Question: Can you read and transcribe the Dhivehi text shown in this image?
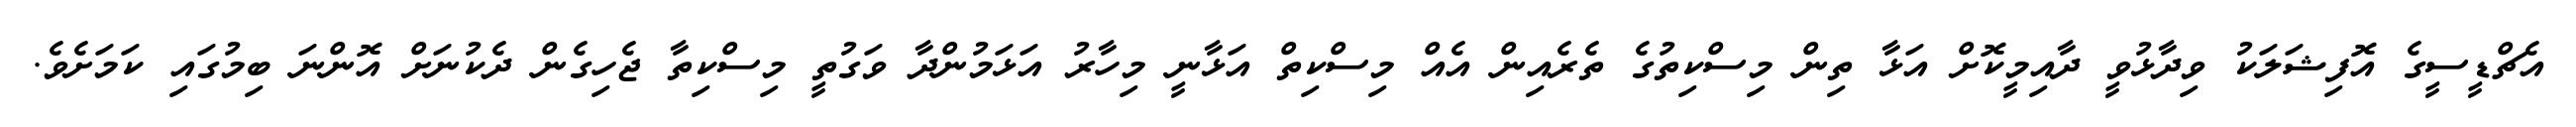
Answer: އެޗްޑީސީގެ އޮފިޝަލަކު ވިދާޅުވީ ދާއިމީކޮށް އަޅާ ތިން މިސްކިތުގެ ތެރެއިން އެއް މިސްކިތް އަޅާނީ މިހާރު އަޅަމުންދާ ވަގުތީ މިސްކިތާ ޖެހިގެން ދެކުނަށް އޮންނަ ބިމުގައި ކަމަށެވެ.